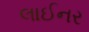
લાઈનર